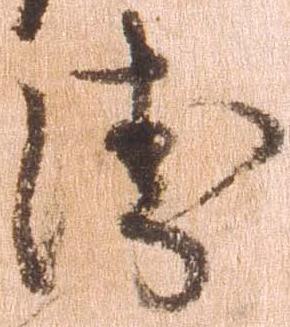
衛